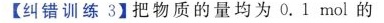
【纠错训练3】把物质的量均为0.1mol的